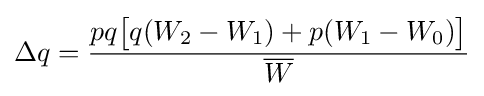
\Delta q={\frac {pq{\big [}q(W_{2}-W_{1})+p(W_{1}-W_{0}){\big ]}}{\overline {W}}}